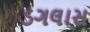
ડગલાસ